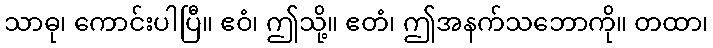
သာဓု၊ ကောင်းပါပြီ။ ဧဝံ၊ ဤသို့။ ဧတံ၊ ဤအနက်သဘောကို။ တထာ၊